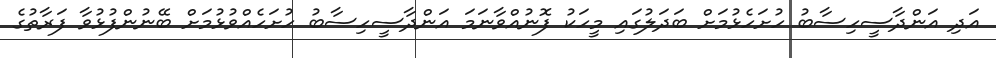
އަދި އަންދާސީހިސާބު ހުށަހެޅުމަށް ބަދަލުގައި މީހަކު ފޮނުއްވާނަމަ އަންދާސީހިސާބު ހުށަހެއްވުޅުމަށް ބޭނުންފުޅުވާ ފަރާތުގެ